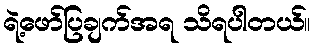
ရဲ့ဖော်ပြချက်အရ သိရပါတယ်။